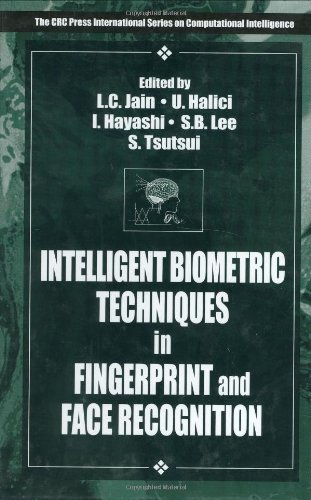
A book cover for Intelligent Biometric Techniques in Fingerprint and Face Recognition (International Series on Computational Intelligence); Computers & Technology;